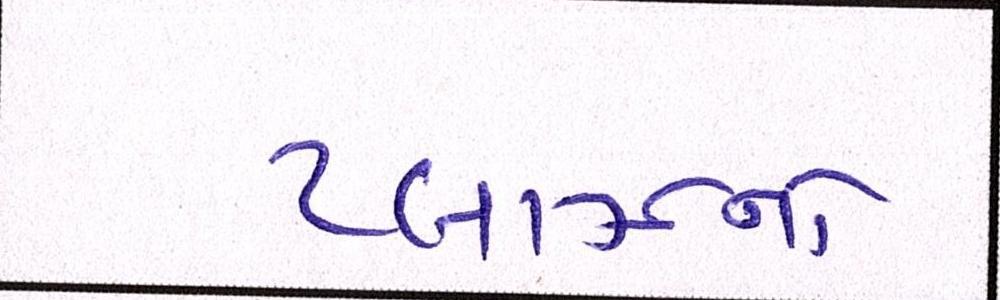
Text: પ્લાઝાનો